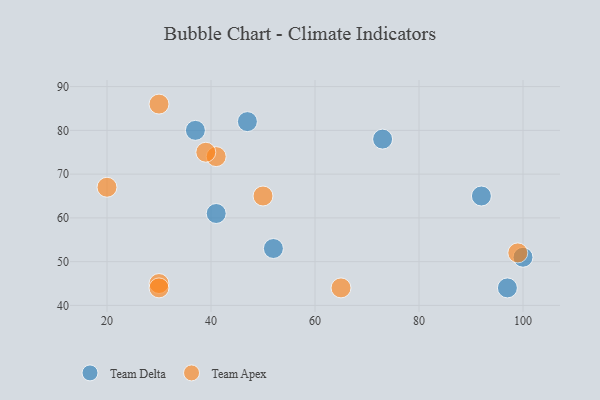
{"axis": {"x": "GDP", "y": "Life Expectancy"}, "legend": ["Team Apex", "Team Delta"], "data": [{"x": "47", "y": 82, "type": "Team Delta"}, {"x": "52", "y": 53, "type": "Team Delta"}, {"x": "73", "y": 78, "type": "Team Delta"}, {"x": "92", "y": 65, "type": "Team Delta"}, {"x": "97", "y": 44, "type": "Team Delta"}, {"x": "37", "y": 80, "type": "Team Delta"}, {"x": "100", "y": 51, "type": "Team Delta"}, {"x": "41", "y": 61, "type": "Team Delta"}, {"x": "99", "y": 52, "type": "Team Apex"}, {"x": "50", "y": 65, "type": "Team Apex"}, {"x": "30", "y": 45, "type": "Team Apex"}, {"x": "30", "y": 86, "type": "Team Apex"}, {"x": "65", "y": 44, "type": "Team Apex"}, {"x": "41", "y": 74, "type": "Team Apex"}, {"x": "20", "y": 67, "type": "Team Apex"}, {"x": "39", "y": 75, "type": "Team Apex"}, {"x": "30", "y": 44, "type": "Team Apex"}]}